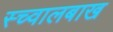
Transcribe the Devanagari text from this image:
स्च्वालबाख